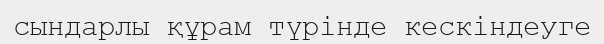
сындарлы құрам түрінде кескіндеуге